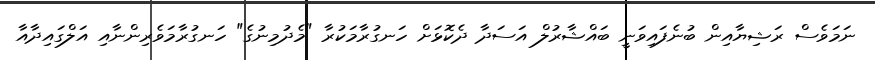
ނަމަވެސް ރަޝިޔާއިން ބުނެފައިވަނީ ބައްޝާރުލް އަސަދާ ދެކޮޅަށް ހަނގުރާމަކުރާ "މެދުމިނުގެ" ހަނގުރާމަވެރިންނާއި އަލްގައިދާއާ